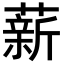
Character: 薪